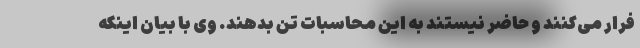
فرار می‌کنند و حاضر نیستند به این محاسبات تن بدهند. وی با بیان اینکه